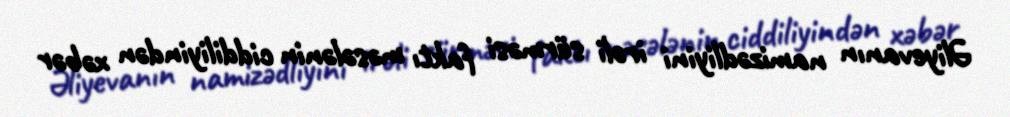
Əliyevanın namizədliyini irəli sürməsi faktı məsələnin ciddiliyindən xəbər